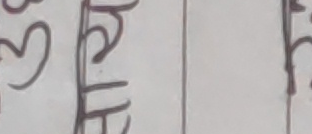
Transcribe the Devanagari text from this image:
छ